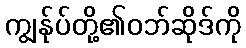
ကျွန်ုပ်တို့၏ဝဘ်ဆိုဒ်ကို